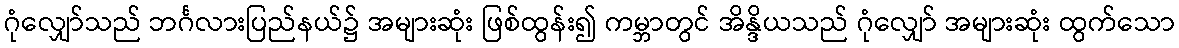
ဂုံလျှော်သည် ဘင်္ဂလားပြည်နယ်၌ အများဆုံး ဖြစ်ထွန်း၍ ကမ္ဘာတွင် အိန္ဒိယသည် ဂုံလျှော် အများဆုံး ထွက်သော